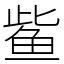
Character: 𫚖